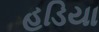
હડિયા